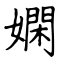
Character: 嫻